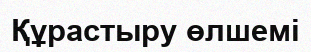
Құрастыру өлшемі